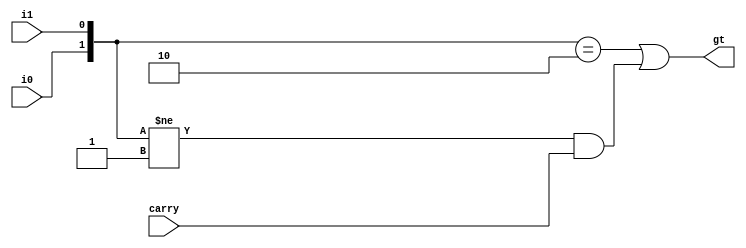
`timescale 1ns / 1ps
//////////////////////////////////////////////////////////////////////////////////
// Company: 
// Engineer: 
// 
// Design Name: 
// Module Name:    gt_1bit 
// Project Name: 
// Target Devices: 
// Tool versions: 
// Description: 
//
// Dependencies: 
//
// Revision: 
// Revision 0.01 - File Created
// Additional Comments: 
//
//////////////////////////////////////////////////////////////////////////////////
module gt_1bit(
	input wire i0, i1, carry,
	output wire gt
    );

	assign gt = {i0, i1} == 2'b10 | ( {i0, i1} != 2'b01 & carry );

endmodule